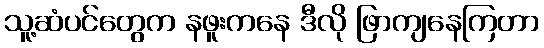
သူ့ဆံပင်တွေက နဖူးကနေ ဒီလို ဖြာကျနေကြတာ